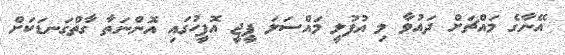
އޭނާގެ މައްޗަށް ދައުވާ މި އުފުލީ މައްސަލަ ޕީޖީ އޮފީހުގައި އޮންނަތާ ގާތްގަނޑަކަށް